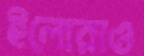
ইলোরাও